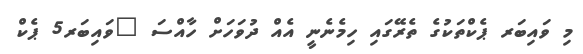
މި ވައިބަރ ޕެކްތަކުގެ ތެރޭގައި ހިމެނެނީ އެއް ދުވަހަށް ހާއްސަ "ވައިބަރ5 ޕެކް